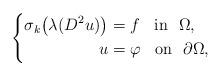
LaTeX: \begin{align*}\left\{ \begin{aligned} \sigma_k \big(\lambda(D^{2} u)\big) & = f \;\;\mbox{ in }~ \Omega, \\ u &= \varphi \;\;\mbox{ on }~ \partial \Omega,\end{aligned} \right.\end{align*}